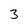
Character: 3